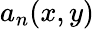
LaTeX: a_{n}(x,y)